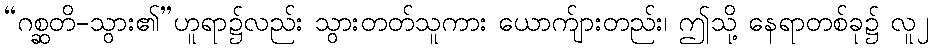
“ဂစ္ဆတိ-သွား၏”ဟူရာ၌လည်း သွားတတ်သူကား ယောက်ျားတည်း၊ ဤသို့ နေရာတစ်ခု၌ လူ၂